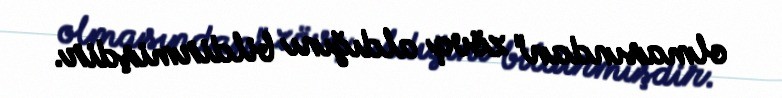
olmasından" zövq aldığını bildirmişdir.